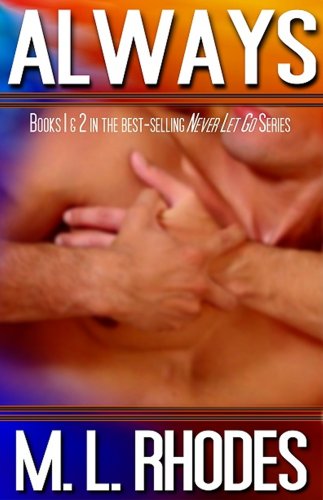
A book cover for Always; M. L. Rhodes; Romance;